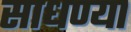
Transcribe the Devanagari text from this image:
साधण्या